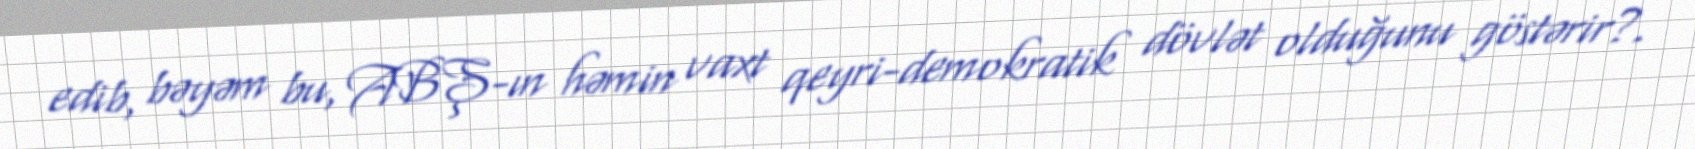
edib, bəyəm bu, ABŞ-ın həmin vaxt qeyri-demokratik dövlət olduğunu göstərir?.